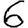
Digit: 6